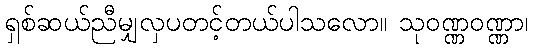
ရှစ်ဆယ်ညီမျှလှပတင့်တယ်ပါသလော။ သုဝဏ္ဏဝဏ္ဏာ၊